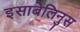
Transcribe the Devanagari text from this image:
इसाबेलिनुस